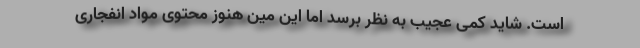
است. شاید کمی عجیب به نظر برسد اما این مین هنوز محتوی مواد انفجاری